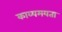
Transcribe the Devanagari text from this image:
काव्यमयता